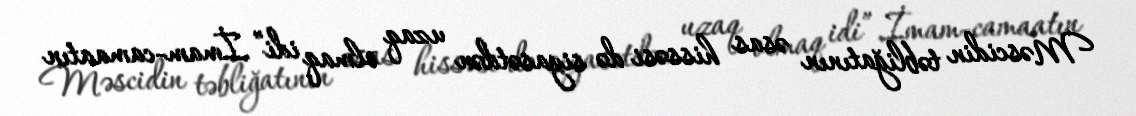
Məscidin təbliğatının əsas hissəsi də siyasətdən uzaq olmaq idi”.İmam-camaatın